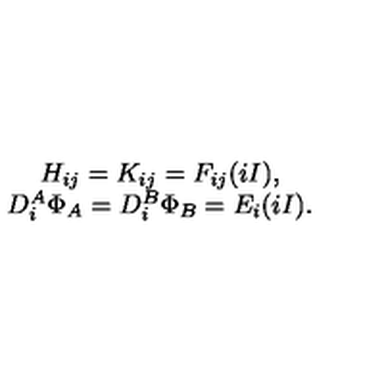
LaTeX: \begin{array} { c } { H _ { i j } = K _ { i j } = F _ { i j } ( i I ) , } \\ { D _ { i } ^ { A } \Phi _ { A } = D _ { i } ^ { B } \Phi _ { B } = E _ { i } ( i I ) . } \\ \end{array}